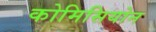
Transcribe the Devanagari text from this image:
कोमिसियोन